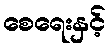
စေရေးနှင့်